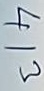
413